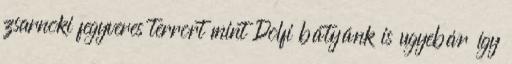
zsarnoki fegyveres terrort mint Dolfi bátyánk is ugyebár így